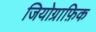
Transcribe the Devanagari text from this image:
जियोग्राफ़िक